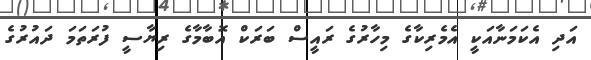
އަދި އެކަމަނާއަކީ އެމެރިކާގެ މިހާރުގެ ރައީސް ބަރަކް އޮބާމާގެ ރިޔާސީ ފުރަތަމަ ދައުރުގެ